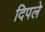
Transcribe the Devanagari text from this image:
दिपले